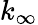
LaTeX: k_{\infty}